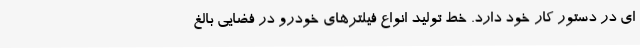
ای در دستور کار خود دارد. خط تولید انواع فیلترهای خودرو در فضایی بالغ